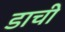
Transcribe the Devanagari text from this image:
डाची